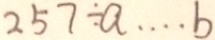
2 5 7 \div a \cdots b